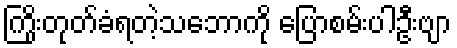
ကြိုးတုတ်ခံရတဲ့သဘောကို ပြောစမ်းပါဦးဗျာ